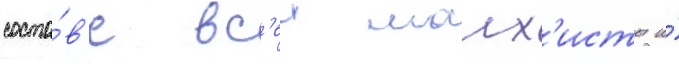
соста́в'е вс'еи малх'исты и́